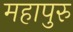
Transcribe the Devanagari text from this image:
महापुरु